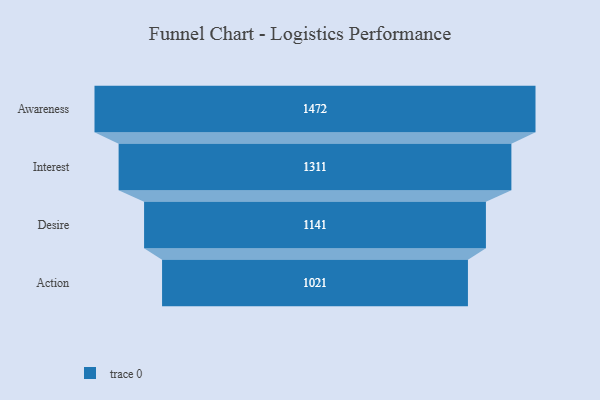
{"axis": {"x": "Stage", "y": "Value"}, "legend": [""], "data": [{"x": "Awareness", "y": 1472.0, "type": ""}, {"x": "Interest", "y": 1311.0, "type": ""}, {"x": "Desire", "y": 1141.0, "type": ""}, {"x": "Action", "y": 1021.0, "type": ""}]}